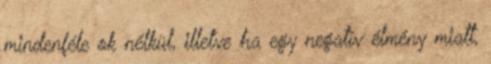
mindenféle ok nélkül, illetve ha egy negatív élmény miatt,